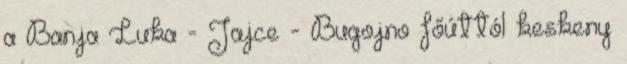
a Banja Luka - Jajce - Bugojno főúttól keskeny